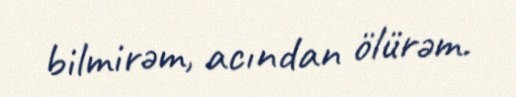
bilmirəm, acından ölürəm.